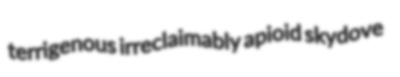
terrigenous irreclaimably apioid skydove